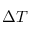
\Delta T